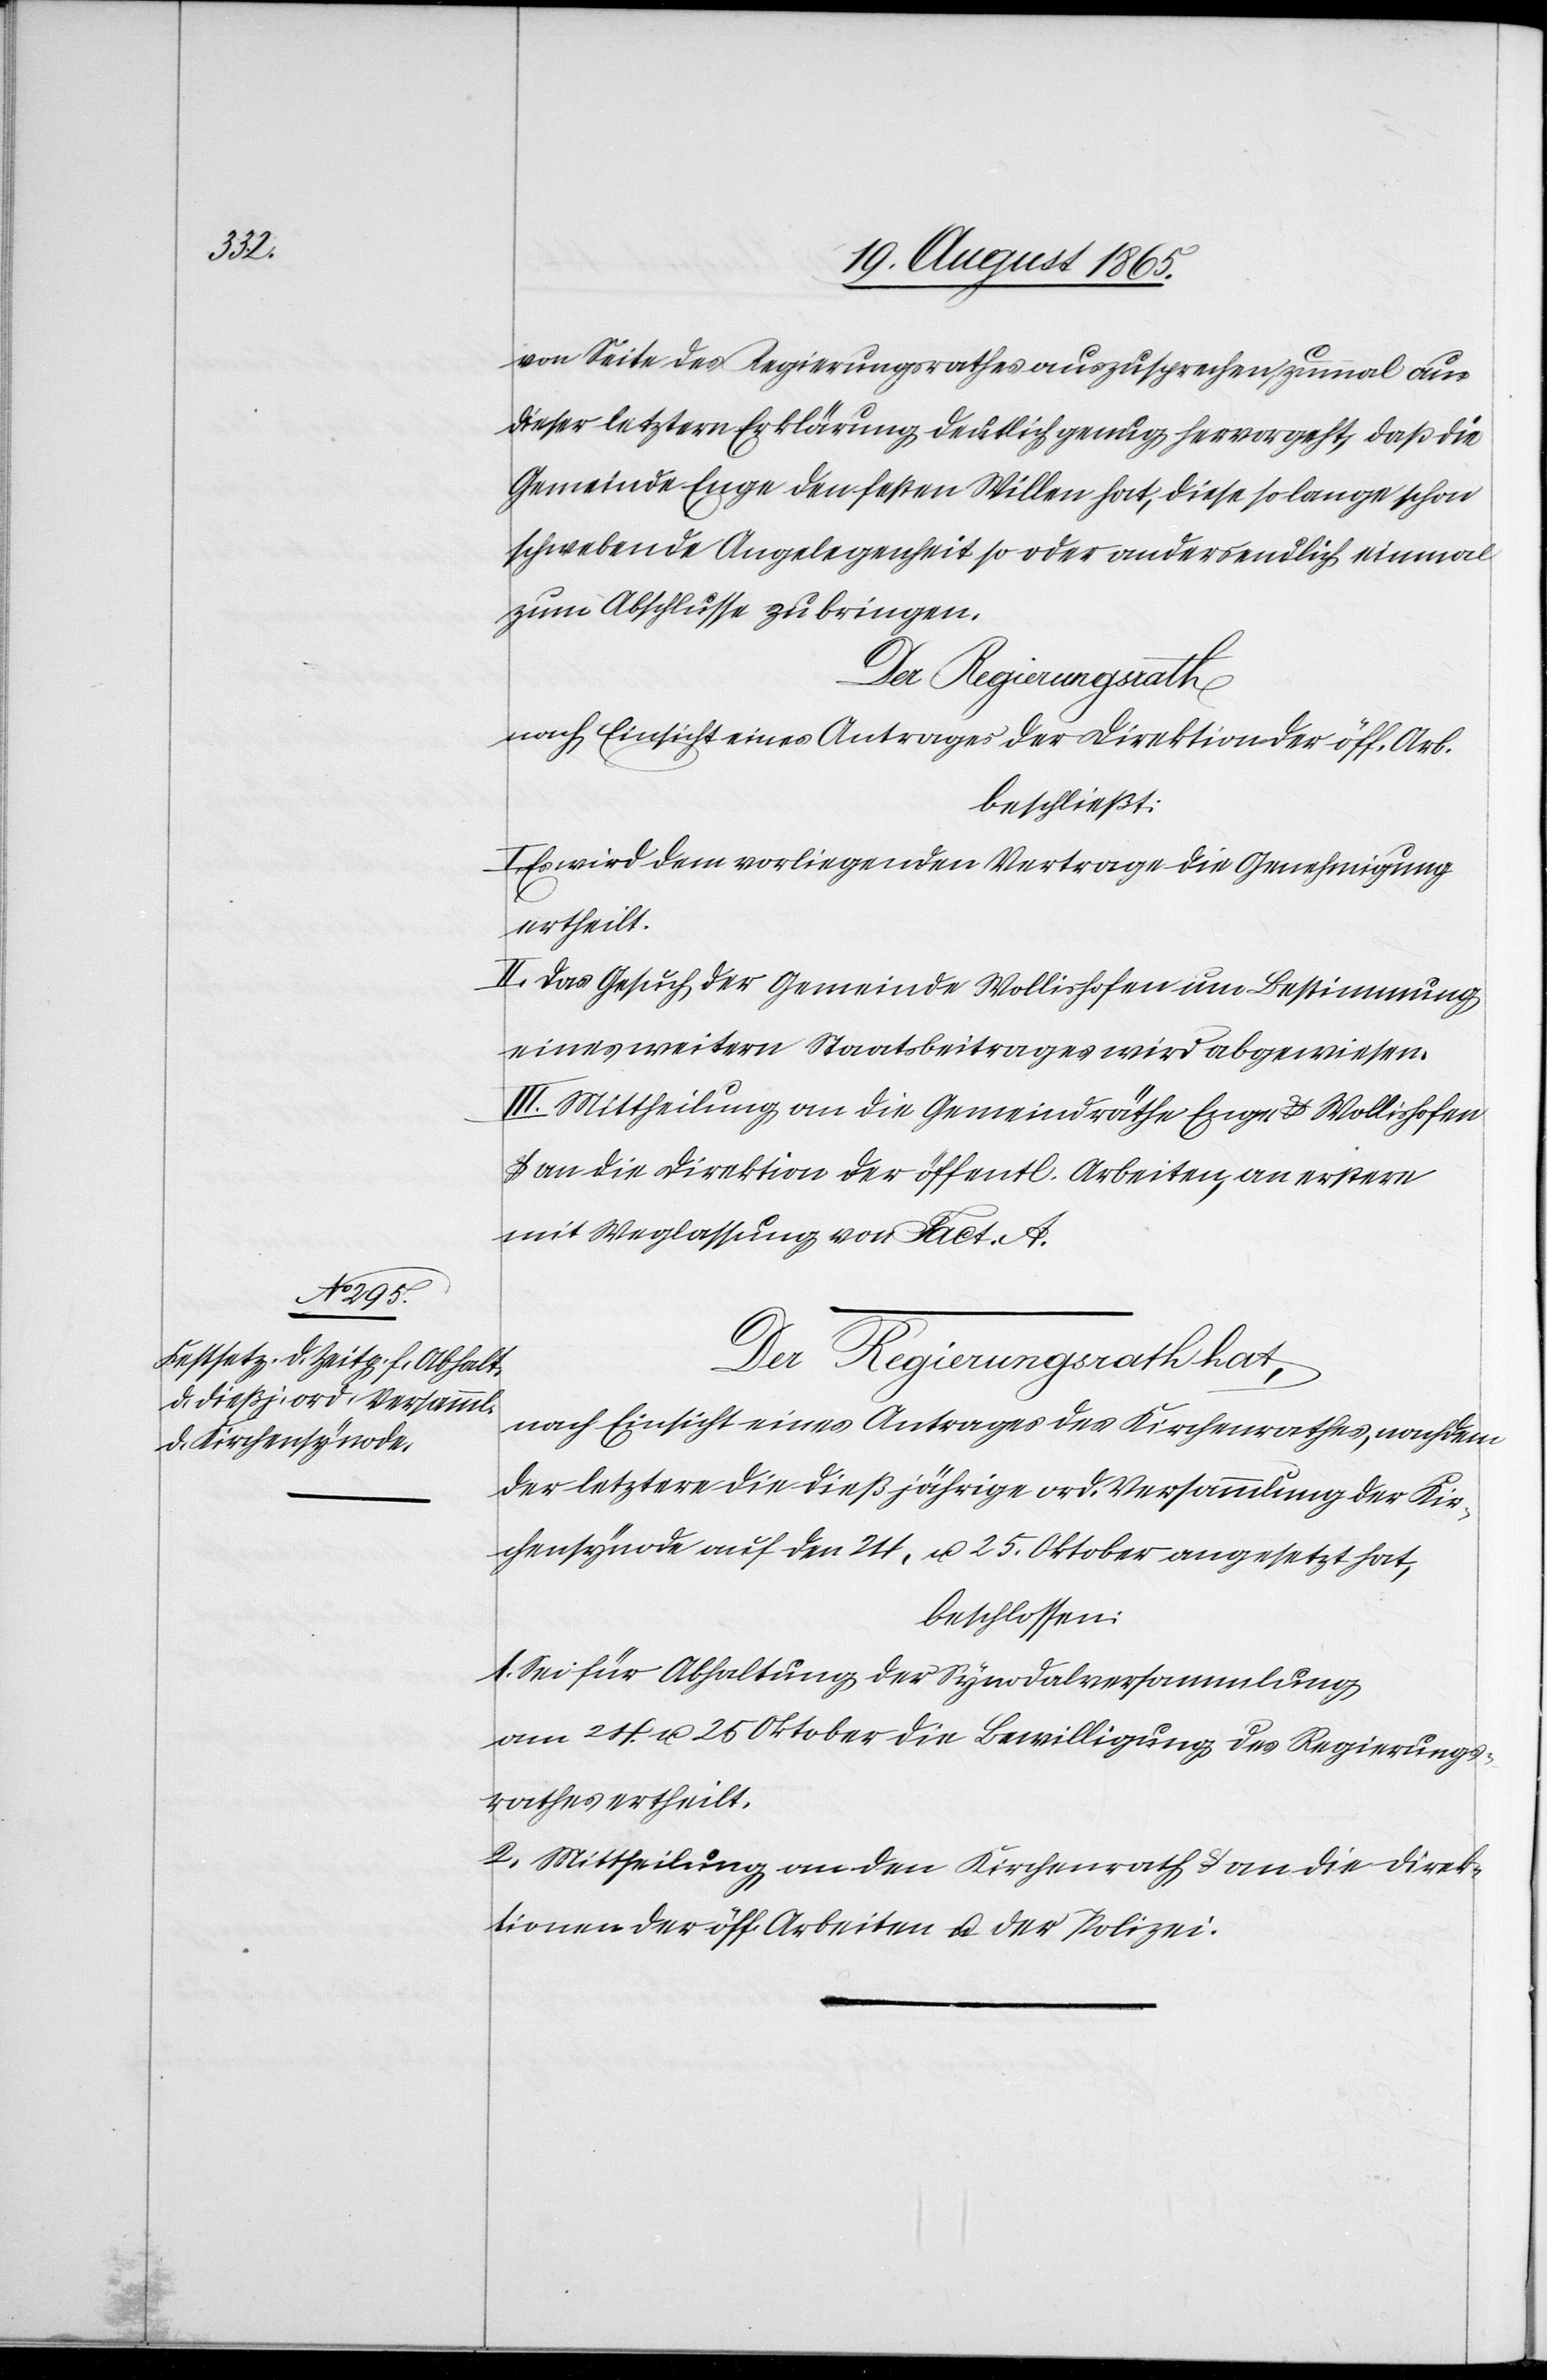
von Seite des Regierungsrathes auszusprechen, zumal aus
dieser letztern Erklärung deutlich genug hervorgeht, daß die
Gemeinde Enge den festen Willen hat, diese so lange schon
schwebende Angelegenheit so oder anders endlich einmal
zum Abschlusse zu bringen.
Der Regierungsrath
nach Einsicht eines Antrages der Direktion der öff. Arb.
beschließt:
I. Es wird dem vorliegenden Vertrage die Genehmigung
ertheilt.
II. Das Gesuch der Gemeinde Wollishofen um Bestimmung
eines weitern Staatsbeitrages wird abgewiesen.
III. Mittheilung an die Gemeindräthe Enge u. Wollishofen
u. an die Direktion der öffentl. Arbeiten, an erstere
mit Weglassung von Fact. A.
Der Regierungsrath hat,
nach Einsicht eines Antrages des Kirchenrathes, nachdem
der letztere die dießjährige ord. Versammlung der Kir¬
chensynode auf den 24. u. 25. Oktober angesetzt hat,
beschlossen:
1. Sei für Abhaltung der Synodalversammlung
am 24. u. 25. Oktober die Bewilligung des Regierungs¬
rathes ertheilt.
2. Mittheilung an den Kirchenrath u. an die Direk¬
tion der öff. Arbeiten u. der Polizei.